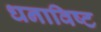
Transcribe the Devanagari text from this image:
धनाविष्ट